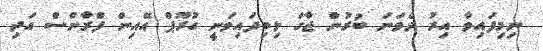
ނިމިފައިވާ އިރު ދެވަނަ ބުރުން ޖާގަ ލިބިފައިވަނީ ގުރޫޕް އޭއިން ފްރާންސް އަދި